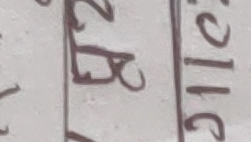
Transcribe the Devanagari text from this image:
ब २०